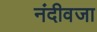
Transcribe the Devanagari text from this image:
नंदीवजा